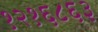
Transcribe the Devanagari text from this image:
१२१६८६३